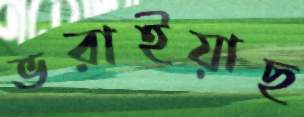
ভরাইয়াছ